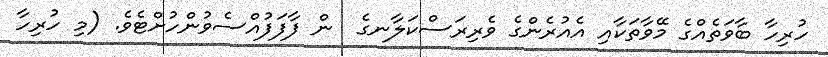
ހުރިހާ ބާވަތެއްގެ މޭވާތަކާއި އެއުރެންގެ ވެރިރަސްކަލާނގެ  ން ފާފަފުއްސެވުންހުށްޓެވެ. (މި ހުރިހާ